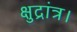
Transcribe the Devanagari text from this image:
क्षुद्रांत्र।